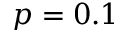
p = 0 . 1